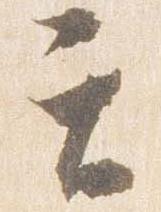
て